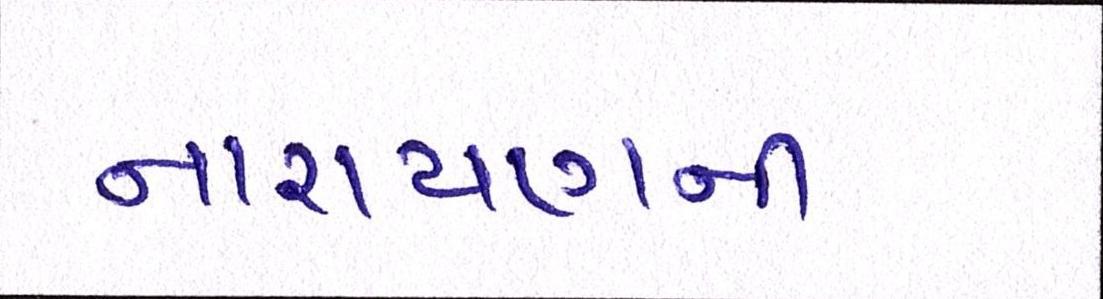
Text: નારાયણની